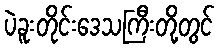
ပဲခူးတိုင်းဒေသကြီးတို့တွင်